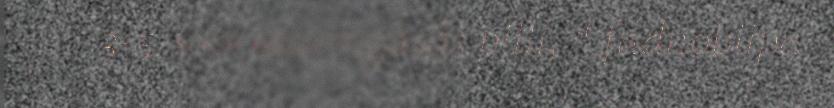
3-5-suormâráigásâš pilli, “ fádnobiipa